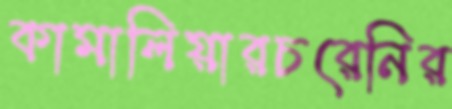
কামালিয়ারচরেনির